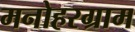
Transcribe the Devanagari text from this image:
मनोहरग्राम